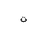
Letter: _ta